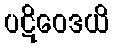
ပဋိဝေဒယိ